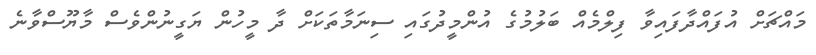
މައްޗަށް އުފައްދާފައިވާ ފިލްމެއް ބަލުމުގެ އުންމީދުގައި ސިނަމާތަކަށް ދާ މީހުން ޔަގީނުންވެސް މާޔޫސްވާނެ